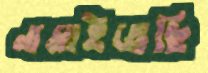
নামাইতেছি